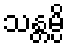
သန္တမ္ပိ